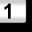
Digit: 1